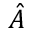
\hat { A }